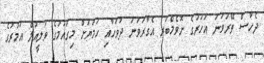
ދެހާސް ތޭރަވަނަ އަހަރުގެ ނޮވެމްބަރ އެގާރަވަނަ ދުވަހާއި ހަމަޔަށް މިގައުމުގެ ވަލީއުލް އަމުރުގެ